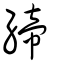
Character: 締